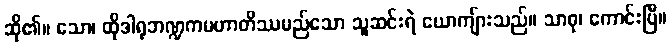
ဆို၏။ သော၊ ထိုဒါရုဘဏ္ဍကမဟာတိဿမည်သော သူဆင်းရဲ ယောကျ်ားသည်။ သာဓု၊ ကောင်းပြီ။